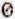
0